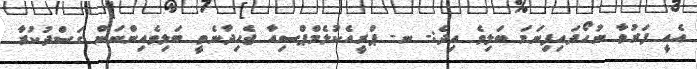
އެއީ ފަރުވާ ނުހޯދައިފިނަމަ ބަލިވެ އިދެ:- ނ- ޕްރީއެކުލެމްޕްސިއާ ޖެހިދާނެތީ ބަލިވެއިންނަން ގަސްދުކުރާ